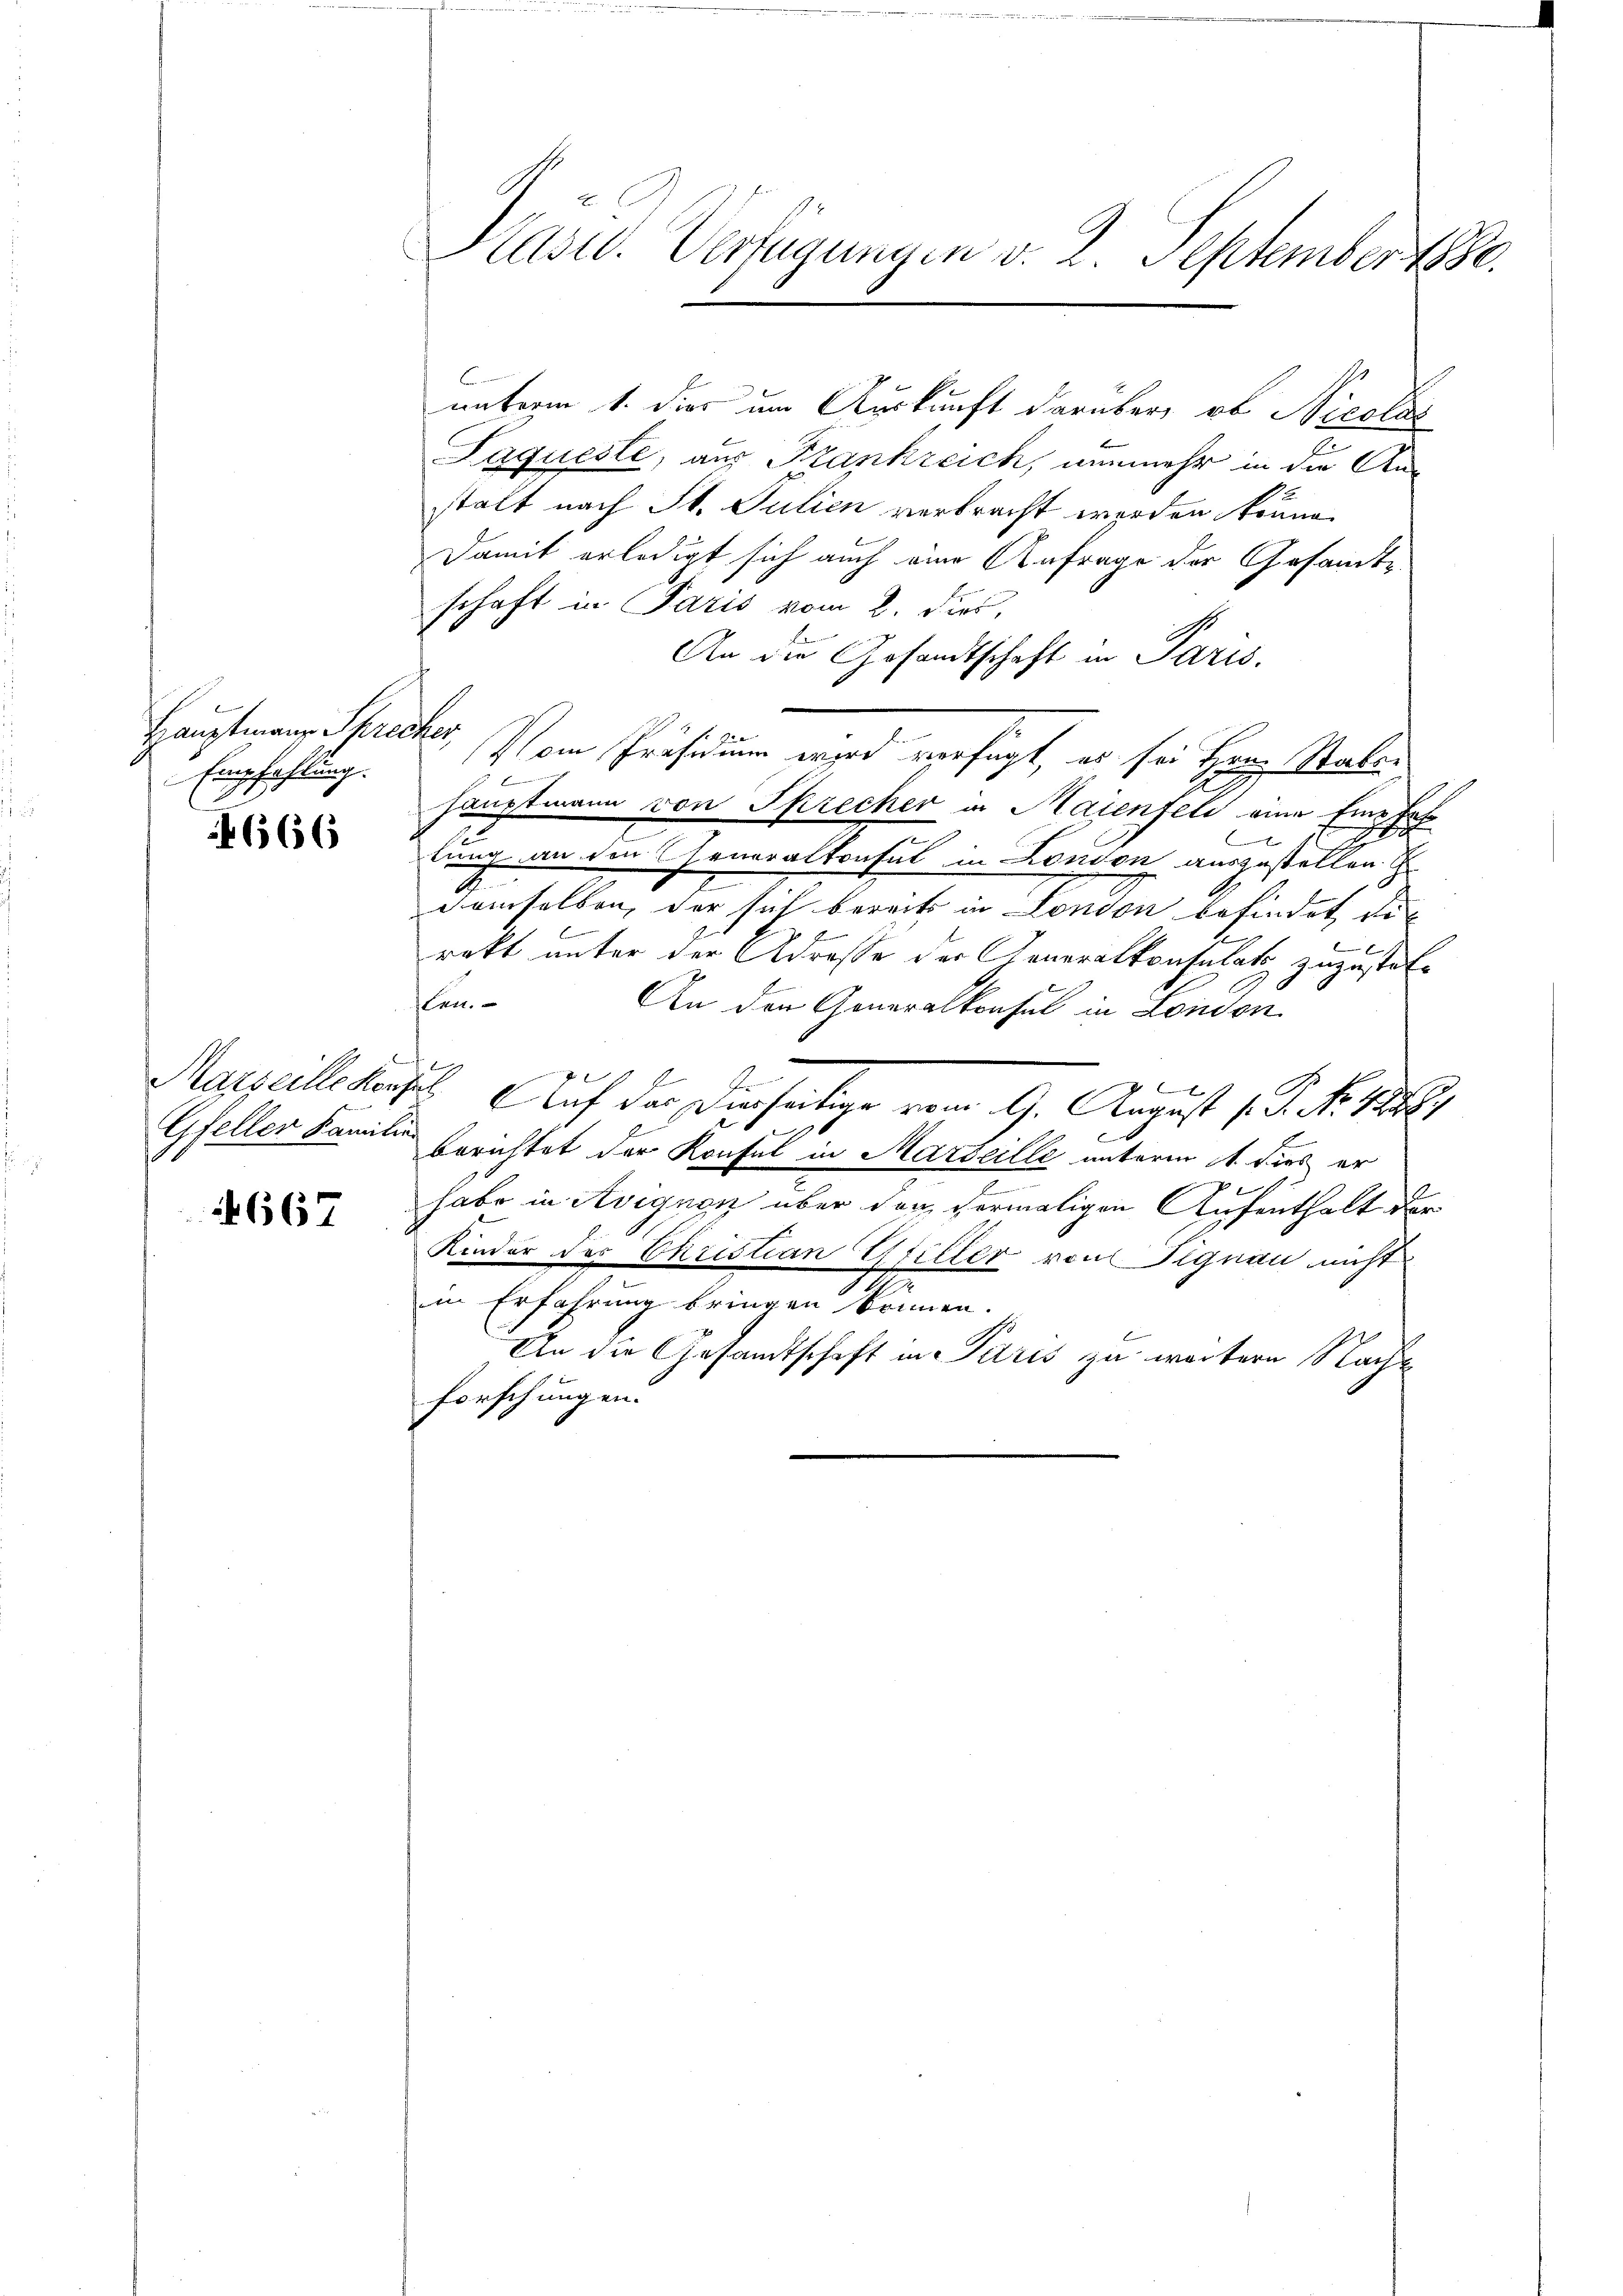
Hauptmann Sprecher
Empfahlung.

666

Gfeller Familie

667

Kasu. Verfügungen v. 2. September 1880.

unterm 1. dies um Auskunft darüber, ob Nicola
B
Laqueste, aus Frankreich, nunmehr in die An-
stalt nach St. Julien verbracht werden könne.
Damit erledigt sich auch eine Anfrage der Gesandtschaft in Paris vom 2. dies,
An die Gesandtschaft in Paris.
Vom Präsidium wird verfügt, er sei Herrn Stali

hauptmann von Sprecher in Maienfeld eine Empfah
lung an den Generalkonsul in London auszustellen. E
x
demselben, der sich bereits in London befindet die
b
rekt unter der Adresse der Generalkonsulat zuzustatt
ten.
An den Generalkonsul in London
A
Marseille konsul Auf das Dierseitige vom 9. August 1. P. Nr. 1888
berichtet der Konsul in Marseille unterm 1. dies er
habe in Avignen über der vermaligen Aufenthalt der
Kinder der Christian Gfeller von Signau nicht
.
in Erfahrung bringen können.
An die Gesandtschaft in Paris zu weitern Nacht
forschungen.